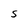
Character: S